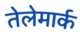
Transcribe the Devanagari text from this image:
तेलेमार्क